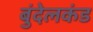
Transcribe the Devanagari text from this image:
बुंदेलकंड